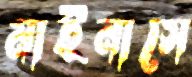
মাইনাসে